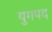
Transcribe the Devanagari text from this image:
युगपद